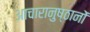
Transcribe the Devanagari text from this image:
आचारानुष्ठानों